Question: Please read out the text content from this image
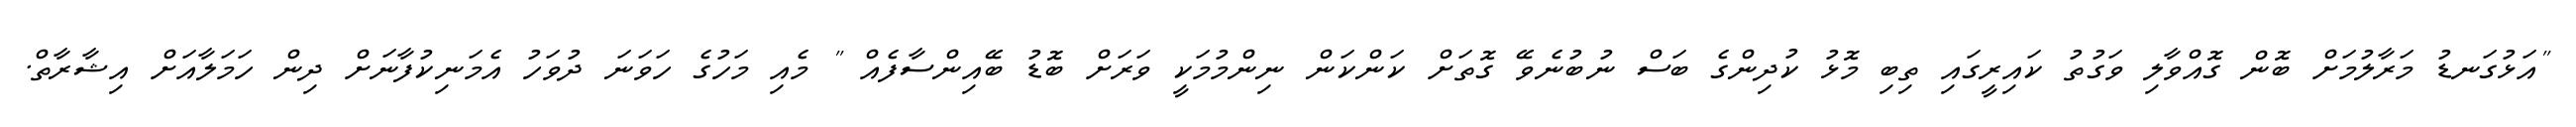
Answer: "އަޅުގަނޑު މަރާލުމަށް ބޮން ގޮއްވާލި ވަގުތު ކައިރީގައި ތިބި މޮޅު ކުދިންގެ ބަސް ނުބުނެވޭ ގޮތަށް ކަންކަން ނިންމުމަކީ ވަރަށް ބޮޑު ބޭއިންސާފެއް " މެއި މަހުގެ ހަވަނަ ދުވަހު އެމަނިކުފާނަށް ދިން ހަމަލާއަށް އިޝާރާތް.